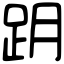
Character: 跀